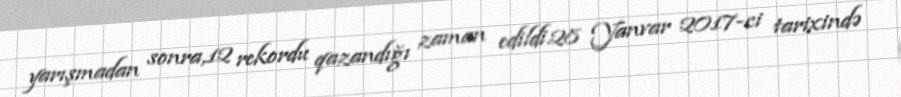
yarışmadan sonra,12 rekordu qazandığı zaman edildi.28 Yanvar 2017-ci tarixində